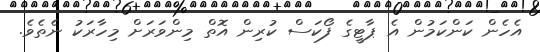
އެހެން ކަންކަމުން އެ ޕާޓީގެ ފޯކަސް ކުރިން އޮތް މިންވަރަށް މިހާރަކު ނެތެވެ.